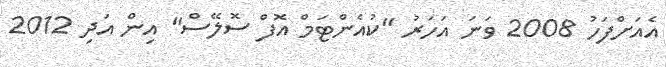
އެއަށްފަހު 2008 ވަނަ އަހަރު "ކުއެންޓަމް އޮފް ސޮލޭސް" އިން އަދި 2012